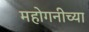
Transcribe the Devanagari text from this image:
महोगनीच्या